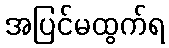
အပြင်မထွက်ရ